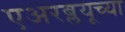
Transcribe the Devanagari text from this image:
एअरब्लयूच्या